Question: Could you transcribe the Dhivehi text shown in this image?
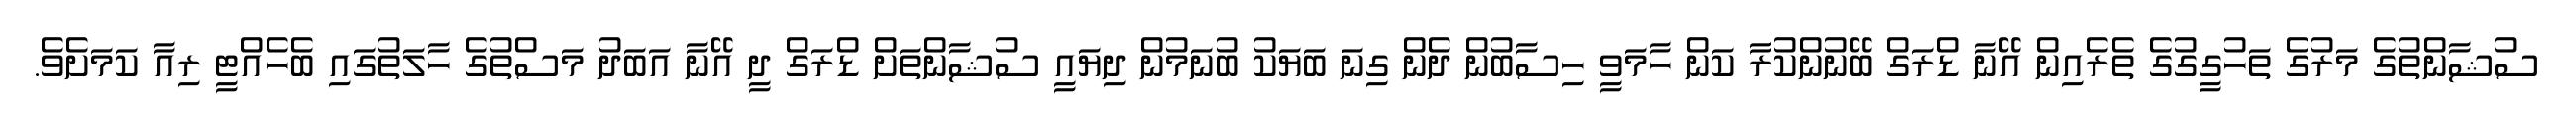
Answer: ސުޝާންތުގެ މަރުގެ ތަހުގީގުގެ ތެރެއިން އޭނާ ޑްރަގް ބޭނުންކުރާ ކަން ހާމަވީ ހިސާބުން ދެން ގިނަ ބަޔަކު ބުނަމުން ދިޔައީ ސުޝާންތަށް ޑްރަގް ދީ އޭނާ އަބަދު މަސްތުގެ ހާލަތުގައި ބެހެއްޓީ ރިއާ ކަމަށެވެ.